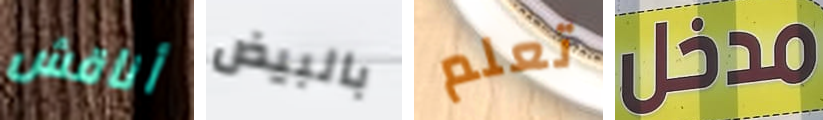
أناقش بالبيض تعلم مدخل